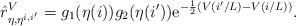
LaTeX: \begin{align*} \hat r_{\eta,\eta^{i,i'}}^V=g_1(\eta(i))g_2(\eta(i'))\mathrm e^{-\frac 12(V(i'/L)-V(i/L))}.\end{align*}